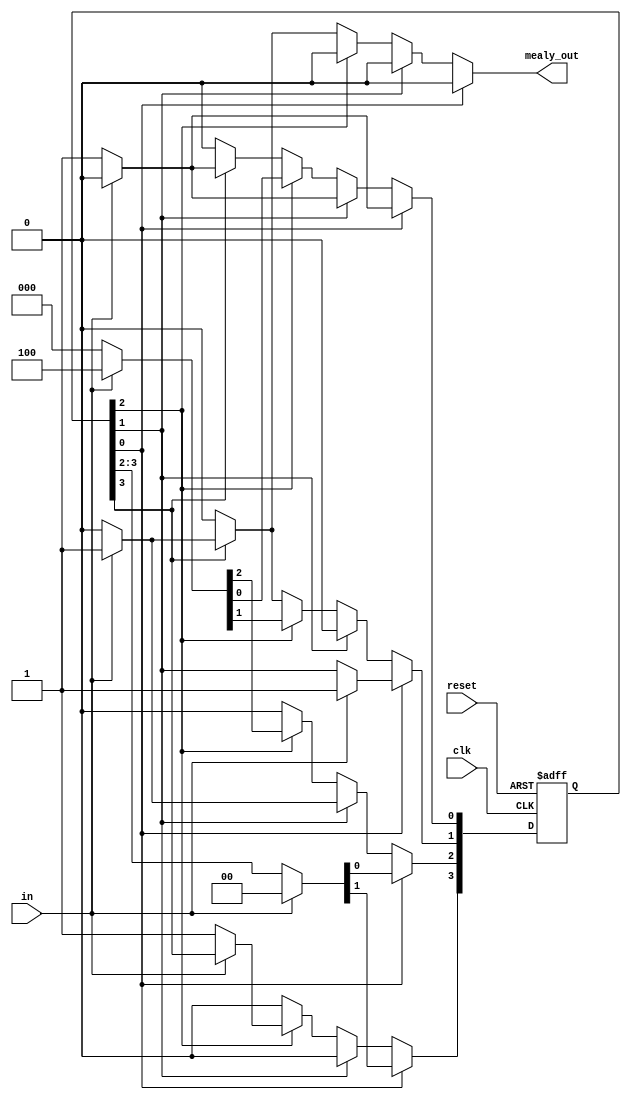
module onehot_encoding(
	input in, clk, reset,
	output reg mealy_out
);

	parameter [3:0]MEALY_IDLE=0,
	MEALY_A=1,
	MEALY_B=2,
	MEALY_C=3;

	reg [3:0]mealy_ps,mealy_ns;

	//Sequential always block
	always @(posedge clk or negedge reset)
		if(!reset) begin
			mealy_ps <= 4'b0;
			mealy_ps[MEALY_IDLE] <= 1'b1;
			end
		else
			mealy_ps <= mealy_ns;	

	//Combinational always block-Mealy
	always @(mealy_ps,in)
		begin
		mealy_ns = 4'b0;   //crux-here we cant leave the else part coz we have to initilaize ns by 0000 or else 0011 will 
		mealy_out = 1'b0;                                           //also come in output
		case (1'b1)			
			mealy_ps[MEALY_IDLE]: if(in)
			                      mealy_ns[MEALY_A] = 1'b1;
					      else
					      mealy_ns = mealy_ps;
			mealy_ps[MEALY_A]:    if(in)
			                      mealy_ns[MEALY_B] = 1'b1;
			                      else
			                      mealy_ns[MEALY_IDLE] = 1'b1;
			mealy_ps[MEALY_B]:    if(~in)
			                      mealy_ns[MEALY_C] = 1'b1;
                                              else
			                      mealy_ns = mealy_ps;
			mealy_ps[MEALY_C]:    if(in) 
			                      begin
			                      mealy_ns[MEALY_A] = 1'b1;
			                      mealy_out = 1'b1;
			                      end
			                      else
			                      mealy_ns[MEALY_IDLE] = 1'b1;
		endcase
		end

endmodule